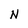
Character: N